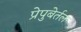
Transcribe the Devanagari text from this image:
प्रेपुबेर्तल